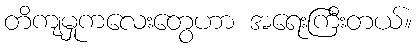
တိကျမှုကလေးတွေဟာ အရေးကြီးတယ်။